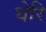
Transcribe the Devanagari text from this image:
घेरि